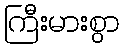
ကြီးမားစွာ